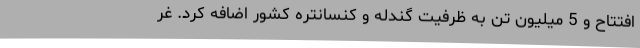
افتتاح و 5 میلیون تن به ظرفیت گندله و کنسانتره کشور اضافه کرد. غر